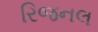
રિજનલ